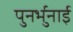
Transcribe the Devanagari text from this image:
पुनर्भुनाई